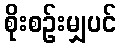
စိုးစဉ်းမျှပင်